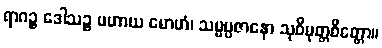
ရာဂဉ္စ ဒေါသဉ္စ ပဟာယ မောဟံ၊ သမ္မပ္ပဇာနော သုဝိမုတ္တစိတ္တော။